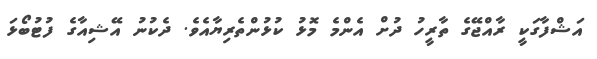
އަޝްފާގަކީ ރާއްޖޭގެ ތާރީހު ދުށް އެންމެ މޮޅު ކުޅުންތެރިޔާއެވެ. ދެކުނު އޭޝިއާގެ ފުޓުބޯޅަ